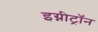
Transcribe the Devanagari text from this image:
इग्नीट्रॉन